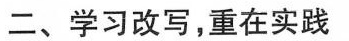
二、学习改写，重在实践